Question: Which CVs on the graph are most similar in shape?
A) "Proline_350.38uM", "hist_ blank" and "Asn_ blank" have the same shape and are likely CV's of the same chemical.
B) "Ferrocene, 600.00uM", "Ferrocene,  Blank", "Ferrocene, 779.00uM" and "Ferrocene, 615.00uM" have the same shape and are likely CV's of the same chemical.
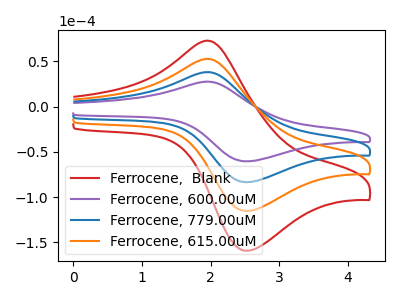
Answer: <think>The red curve "Ferrocene,  Blank" has an anodic peak at (1.95V, 114.80uA) and a cathodic peak at (2.50V, -250.50uA). The purple curve "Ferrocene, 600.00uM" has an anodic peak at (1.95V, 27.70uA) and a cathodic peak at (2.50V, -60.45uA). The blue curve "Ferrocene, 779.00uM" has an anodic peak at (1.95V, 38.25uA) and a cathodic peak at (2.50V, -83.50uA). The orange curve "Ferrocene, 615.00uM" has an anodic peak at (1.95V, 76.55uA) and a cathodic peak at (2.50V, -167.00uA).
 All the peaks in "Ferrocene,  Blank" have a peak in "Ferrocene, 600.00uM" at the same potential. Every peak in "Ferrocene,  Blank" is higher than every peak in "Ferrocene, 600.00uM". All the peaks in "Ferrocene,  Blank" have a peak in "Ferrocene, 779.00uM" at the same potential. Every peak in "Ferrocene,  Blank" is higher than every peak in "Ferrocene, 779.00uM". All the peaks in "Ferrocene,  Blank" have a peak in "Ferrocene, 615.00uM" at the same potential. Every peak in "Ferrocene,  Blank" is higher than every peak in "Ferrocene, 615.00uM". All the peaks in "Ferrocene, 600.00uM" have a peak in "Ferrocene, 779.00uM" at the same potential. Every peak in "Ferrocene, 600.00uM" is lower than every peak in "Ferrocene, 779.00uM". All the peaks in "Ferrocene, 600.00uM" have a peak in "Ferrocene, 615.00uM" at the same potential. Every peak in "Ferrocene, 600.00uM" is lower than every peak in "Ferrocene, 615.00uM". All the peaks in "Ferrocene, 779.00uM" have a peak in "Ferrocene, 615.00uM" at the same potential. Every peak in "Ferrocene, 779.00uM" is lower than every peak in "Ferrocene, 615.00uM".</think>
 <answer>B) "Ferrocene, 600.00uM", "Ferrocene,  Blank", "Ferrocene, 779.00uM" and "Ferrocene, 615.00uM" have the same shape and are likely CV's of the same chemical.</answer>
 <eval>B</eval>